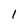
Character: l